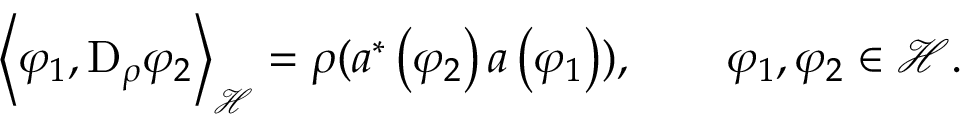
\left\langle \varphi _ { 1 } , \mathrm { D } _ { \rho } \varphi _ { 2 } \right\rangle _ { \mathcal { H } } = \rho ( a ^ { \ast } \left( \varphi _ { 2 } \right) a \left( \varphi _ { 1 } \right) ) , \qquad \varphi _ { 1 } , \varphi _ { 2 } \in \mathcal { H } .